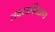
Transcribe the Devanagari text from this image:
तबलाशिक्षण